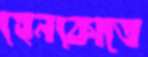
হেনকোতে